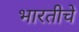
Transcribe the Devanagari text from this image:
भारतीचे